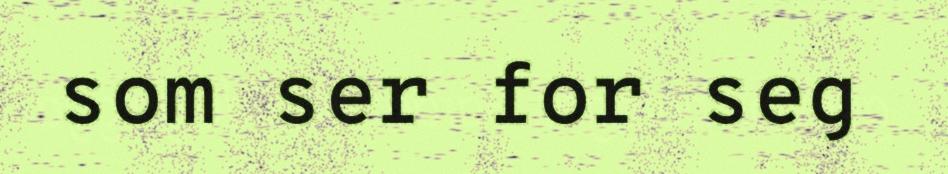
som ser for seg